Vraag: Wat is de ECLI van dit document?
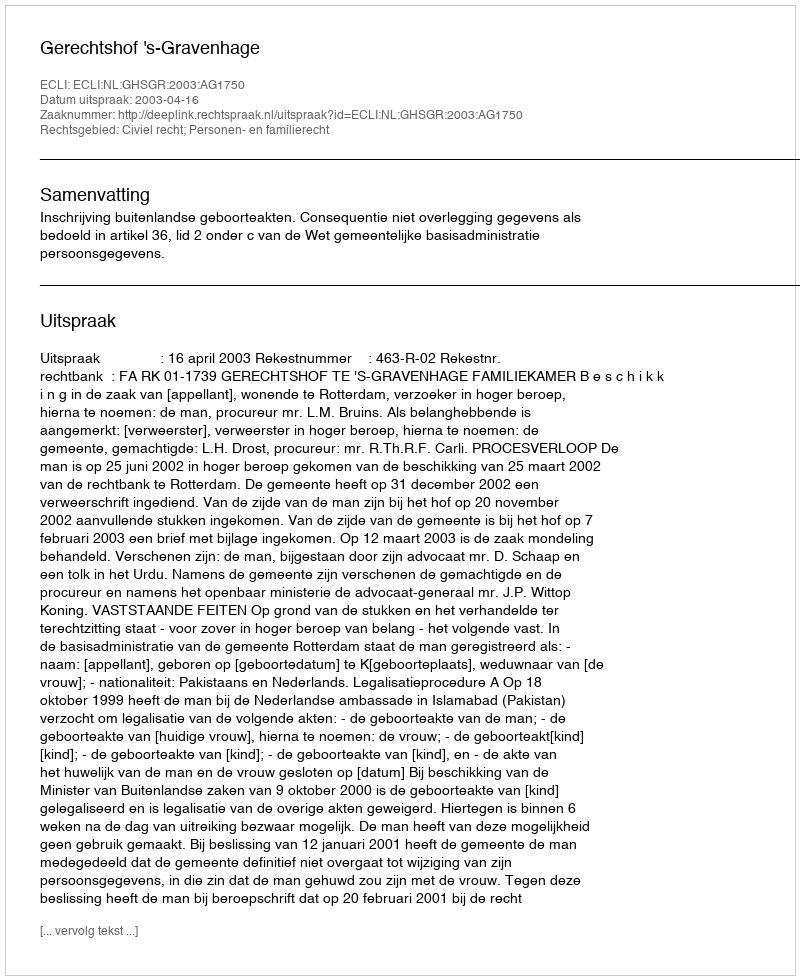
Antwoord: ECLI:NL:GHSGR:2003:AG1750